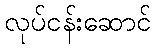
လုပ်ငန်းဆောင်